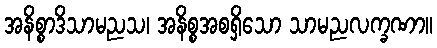
အနိစ္စာဒိသာမညသ၊ အနိစ္စအစရှိသော သာမညလက္ခဏာ။